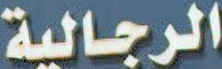
الرجالية